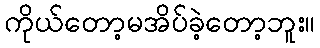
ကိုယ်တော့မအိပ်ခဲ့တော့ဘူး။